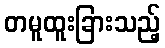
တမူထူးခြားသည့်